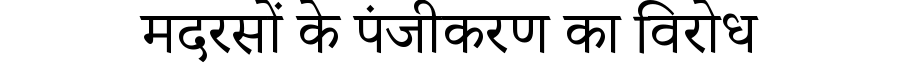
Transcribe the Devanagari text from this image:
मदरसों के पंजीकरण का विरोध